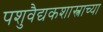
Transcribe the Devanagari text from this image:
पशुवैद्यकशास्त्राच्या